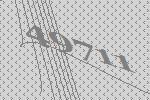
49711